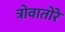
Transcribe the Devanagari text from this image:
त्रोवातोरे